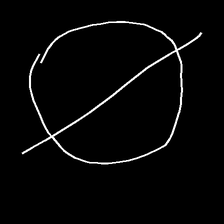
Glyph: orb